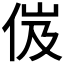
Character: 𠈶